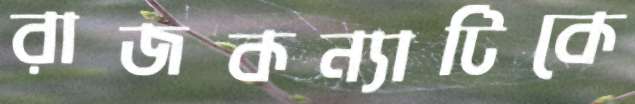
রাজকন্যাটিকে